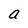
Character: a